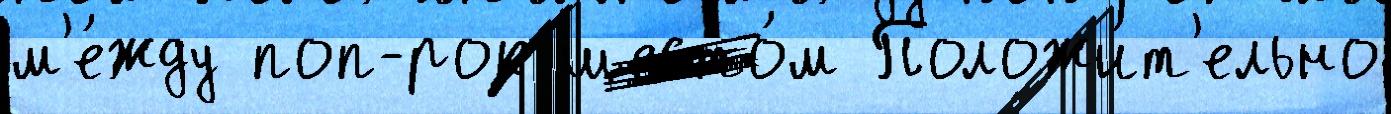
м'е́жду поп-рок шесто́м Положи́т'ельно